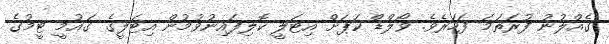
ގެއްލުނު ފުރަތަމަ ފަހަރެވެ. ވޯލްޑް ކަޕަށް އިޓަލީ ކޮލިފައިނުވުމުން އިޓަލީގެ ގައުމީ ޓީމުގެ